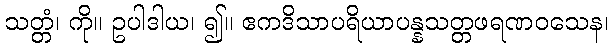
သတ္တံ၊ ကို။ ဥပါဒါယ၊ ၍။ ဧကဒိသာပရိယာပန္နသတ္တဖရဏဝသေန၊